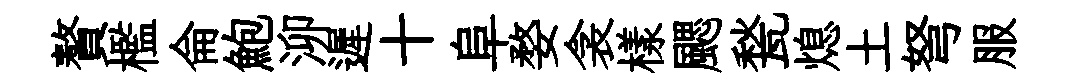
贅檻侖鮑泖遲十阜婺衾樣颸甃熄土弩服